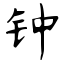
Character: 钟